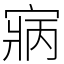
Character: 寎